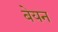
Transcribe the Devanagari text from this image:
बेयन